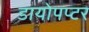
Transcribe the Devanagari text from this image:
डायोपप्टर